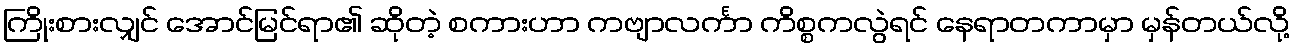
ကြိုးစားလျှင် အောင်မြင်ရာ၏ ဆိုတဲ့ စကားဟာ ကဗျာလင်္ကာ ကိစ္စကလွဲရင် နေရာတကာမှာ မှန်တယ်လို့